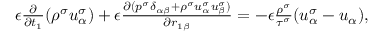
\begin{array} { r } { \begin{array} { r } { \epsilon \frac { \partial } { \partial t _ { 1 } } ( \rho ^ { \sigma } u _ { \alpha } ^ { \sigma } ) + \epsilon \frac { \partial ( p ^ { \sigma } \delta _ { \alpha \beta } + \rho ^ { \sigma } u _ { \alpha } ^ { \sigma } u _ { \beta } ^ { \sigma } ) } { \partial r _ { 1 \beta } } = - \epsilon \frac { \rho ^ { \sigma } } { \tau ^ { \sigma } } ( u _ { \alpha } ^ { \sigma } - u _ { \alpha } ) , } \end{array} } \end{array}